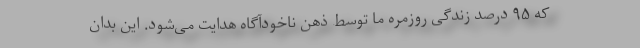
که ۹۵ درصد زندگی روزمره‌ ما توسط ذهن ناخودآگاه هدایت می‌شود. این بدان